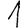
Digit: 1